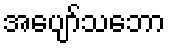
အပျော်သဘော